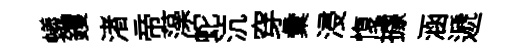
蟻钁渚帝藻蛇沆穿彙浸愎據涵遞